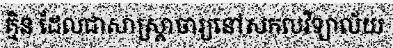
គ្មិន ដែលជាសាស្ត្រាចារ្យនៅសកលវិទ្យាល័យ